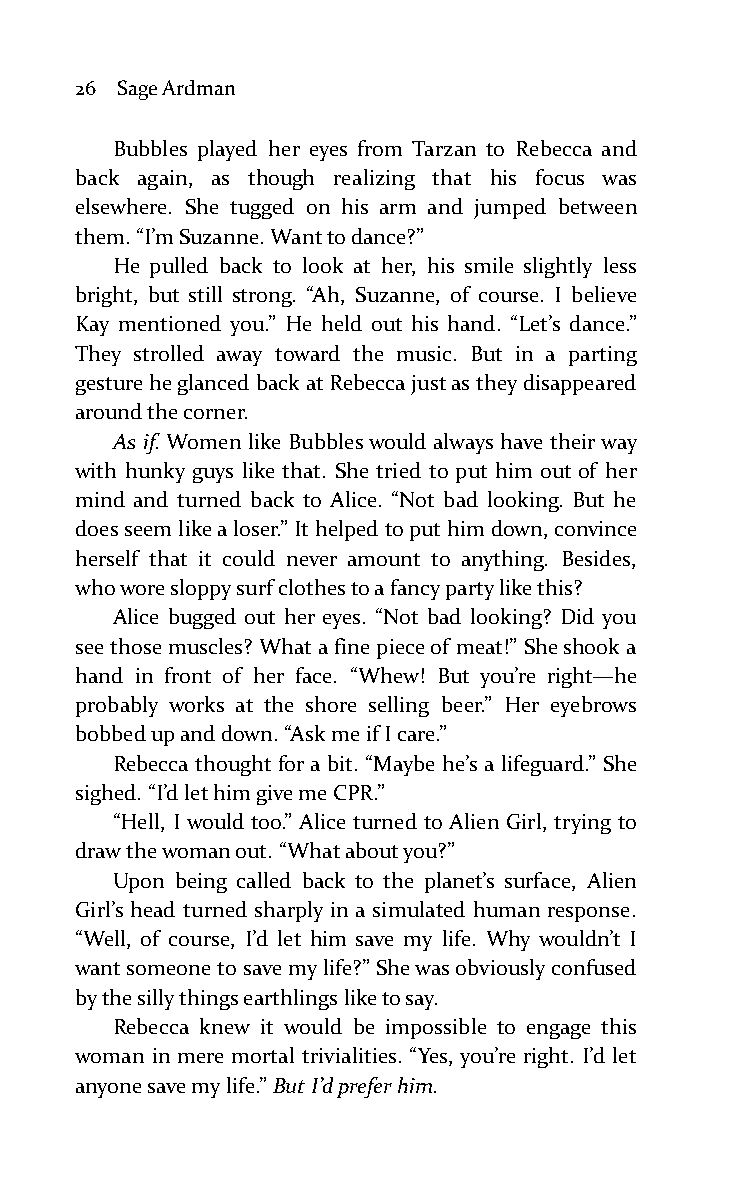
26 Sage Ardman
 Bubbles played her eyes from Tarzan to Rebecca and
 back again, as though realizing that his focus was
 elsewhere. She tugged on his arm and jumped between
 them. “I’m Suzanne. Want to dance?”
 He pulled back to look at her, his smile slightly less
 bright, but still strong. “Ah, Suzanne, of course. I believe
 Kay mentioned you.” He held out his hand. “Let’s dance.”
 They strolled away toward the music. But in a parting
 gesture he glanced back at Rebecca just as they disappeared
 around the corner.
 As if. Women like Bubbles would always have their way
 with hunky guys like that. She tried to put him out of her
 mind and turned back to Alice. “Not bad looking. But he
 does seem like a loser.” It helped to put him down, convince
 herself that it could never amount to anything. Besides,
 who wore sloppy surf clothes to a fancy party like this?
 Alice bugged out her eyes. “Not bad looking? Did you
 see those muscles? What a fine piece of meat!” She shook a
 hand in front of her face. “Whew! But you’re right—he
 probably works at the shore selling beer.” Her eyebrows
 bobbed up and down. “Ask me if I care.”
 Rebecca thought for a bit. “Maybe he’s a lifeguard.” She
 sighed. “I’d let him give me CPR.”
 “Hell, I would too.” Alice turned to Alien Girl, trying to
 draw the woman out. “What about you?”
 Upon being called back to the planet’s surface, Alien
 Girl’s head turned sharply in a simulated human response.
 “Well, of course, I’d let him save my life. Why wouldn’t I
 want someone to save my life?” She was obviously confused
 by the silly things earthlings like to say.
 Rebecca knew it would be impossible to engage this
 woman in mere mortal trivialities. “Yes, you’re right. I’d let
 anyone save my life.” But I’d prefer him.